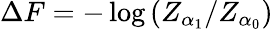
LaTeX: \begin{array}{r}{\Delta F=-\log\left(Z_{\alpha_{1}}/Z_{\alpha_{0}}\right)}\end{array}